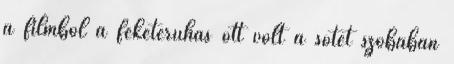
a filmből a feketeruhás ott volt a sötét szobában